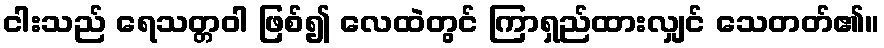
ငါးသည် ရေသတ္တဝါ ဖြစ်၍ လေထဲတွင် ကြာရှည်ထားလျှင် သေတတ်၏။